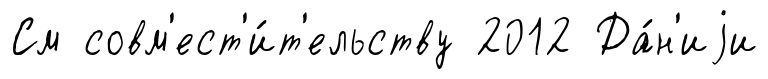
См совм'ест'и́т'ельству 2012 Да́н'иjи